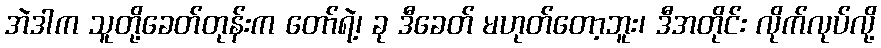
အဲဒါက သူတို့ခေတ်တုန်းက တော်ရဲ့၊ ခု ဒီခေတ် မဟုတ်တော့ဘူး၊ ဒီအတိုင်း လိုက်လုပ်လို့